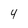
Character: 4